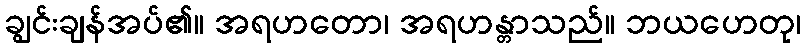
ချွင်းချန်အပ်၏။ အရဟတော၊ အရဟန္တာသည်။ ဘယဟေတု၊